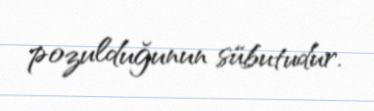
pozulduğunun sübutudur.